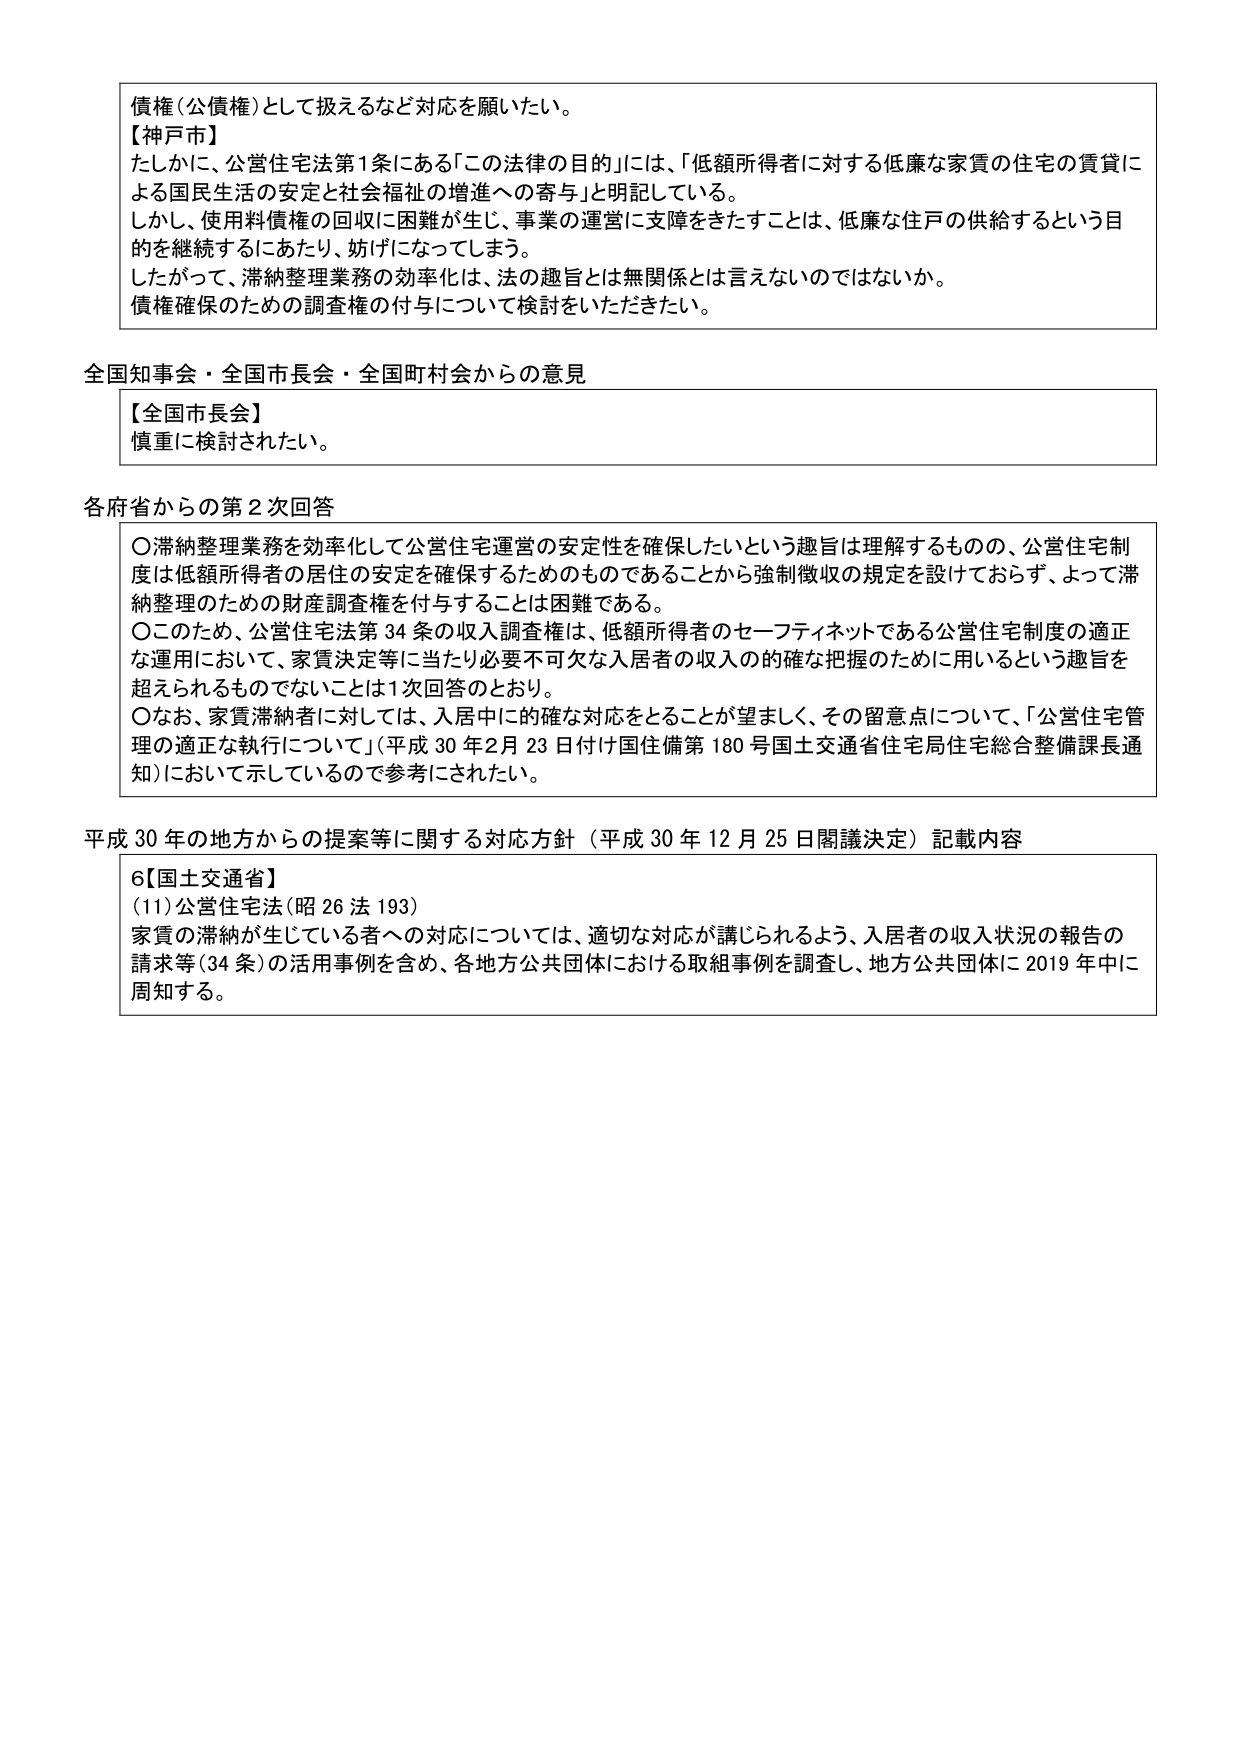
債権（公債権）として扱えるなど対応を願いたい。

【神戸市】
たしかに、公営住宅法第1条にある「この法律の目的」には、「低額所得者に対する低廉な家賃の住宅の賃貸による国民生活の安定と社会福祉の増進への寄与」と明記している。
しかし、使用料債権の回収に困難が生じ、事業の運営に支障をきたすことは、低廉な住戸の供給するという目的を継続するにあたり、妨げになってしまう。
したがって、滞納整理業務の効率化は、法の趣旨とは無関係とは言えないのではないか。
債権確保のための調査権の付与について検討をいただきたい。

全国知事会・全国市長会・全国町村会からの意見

【全国市長会】
慎重に検討されたい。

各府省からの第2次回答

〇滞納整理業務を効率化して公営住宅運営の安定性を確保したいという趣旨は理解するものの、公営住宅制度は低額所得者の居住の安定を確保するためのものであることから強制徴収の規定を設けておらず、よって滞納整理のための財産調査権を付与することは困難である。
〇このため、公営住宅法第34条の収入調査権は、低額所得者のセーフティネットである公営住宅制度の適正な運用において、家賃決定等に当たり必要不可欠な入居者の収入の的確な把握のために用いるという趣旨を超えられるものでないことは1次回答のとおり。
〇なお、家賃滞納者に対しては、入居中に的確な対応をとることが望ましく、その留意点について、「公営住宅管理の適正な執行について」（平成30年2月23日付け国住備第180号国土交通省住宅局住宅総合整備課長通知）において示しているので参考にされたい。

平成30年の地方からの提案等に関する対応方針（平成30年12月25日閣議決定）記載内容

6【国土交通省】
（11）公営住宅法（昭26法193）
家賃の滞納が生じている者への対応については、適切な対応が講じられるよう、入居者の収入状況の報告の請求等（34条）の活用事例を含め、各地方公共団体における取組事例を調査し、地方公共団体に2019年中に周知する。